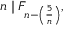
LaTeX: n \mid F _ { n - \left( { \frac { 5 } { n } } \right) } ,